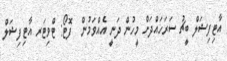
އާޓިފިޝަލް ބީޗު ސަރަހައްދަށް މީހުން ދަނީ އެއްވަމުން  ފޮޓޯ: ޓްވިޓަރ އާޓިފިޝަލް